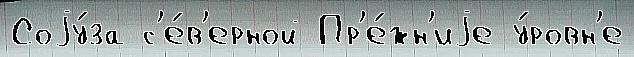
Соjу́за с'е́в'ерной Пр'е́жн'иjе у́ровн'е